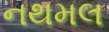
નથમલ